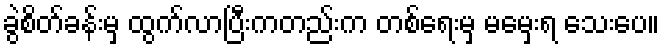
ခွဲစိတ်ခန်းမှ ထွက်လာပြီးကတည်းက တစ်ရေးမှ မမှေးရ သေးပေ။